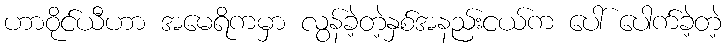
ဟာဝိုင်ယီဟာ အမေရိကမှာ လွန်ခဲ့တဲ့နှစ်အနည်းငယ်က ပေါ် ပေါက်ခဲ့တဲ့